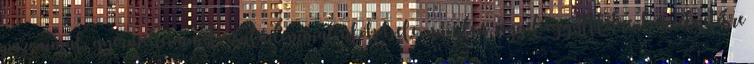
párommal, gyermekeimmel, családommal ülök bele, minden reggel együttlétre, beszélgetésre